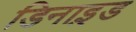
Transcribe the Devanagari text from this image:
डिनाइ़ड